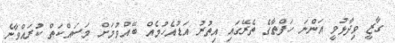
ގާޒީ ވިދާޅުވީ އަންނަ ހަފްތާގެ ތެރޭގައި އިތުރު އަޑުއެހުމެއް ބޭއްވުމަށް މަސައްކަތް ކުރައްވާނެ